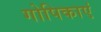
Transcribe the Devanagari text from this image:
गोपिकाएं